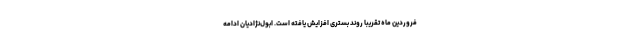
فروردین ماه تقریبا روند بستری افزایش یافته است. ابول‌نژادیان ادامه